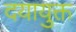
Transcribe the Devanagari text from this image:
दयायुक्त